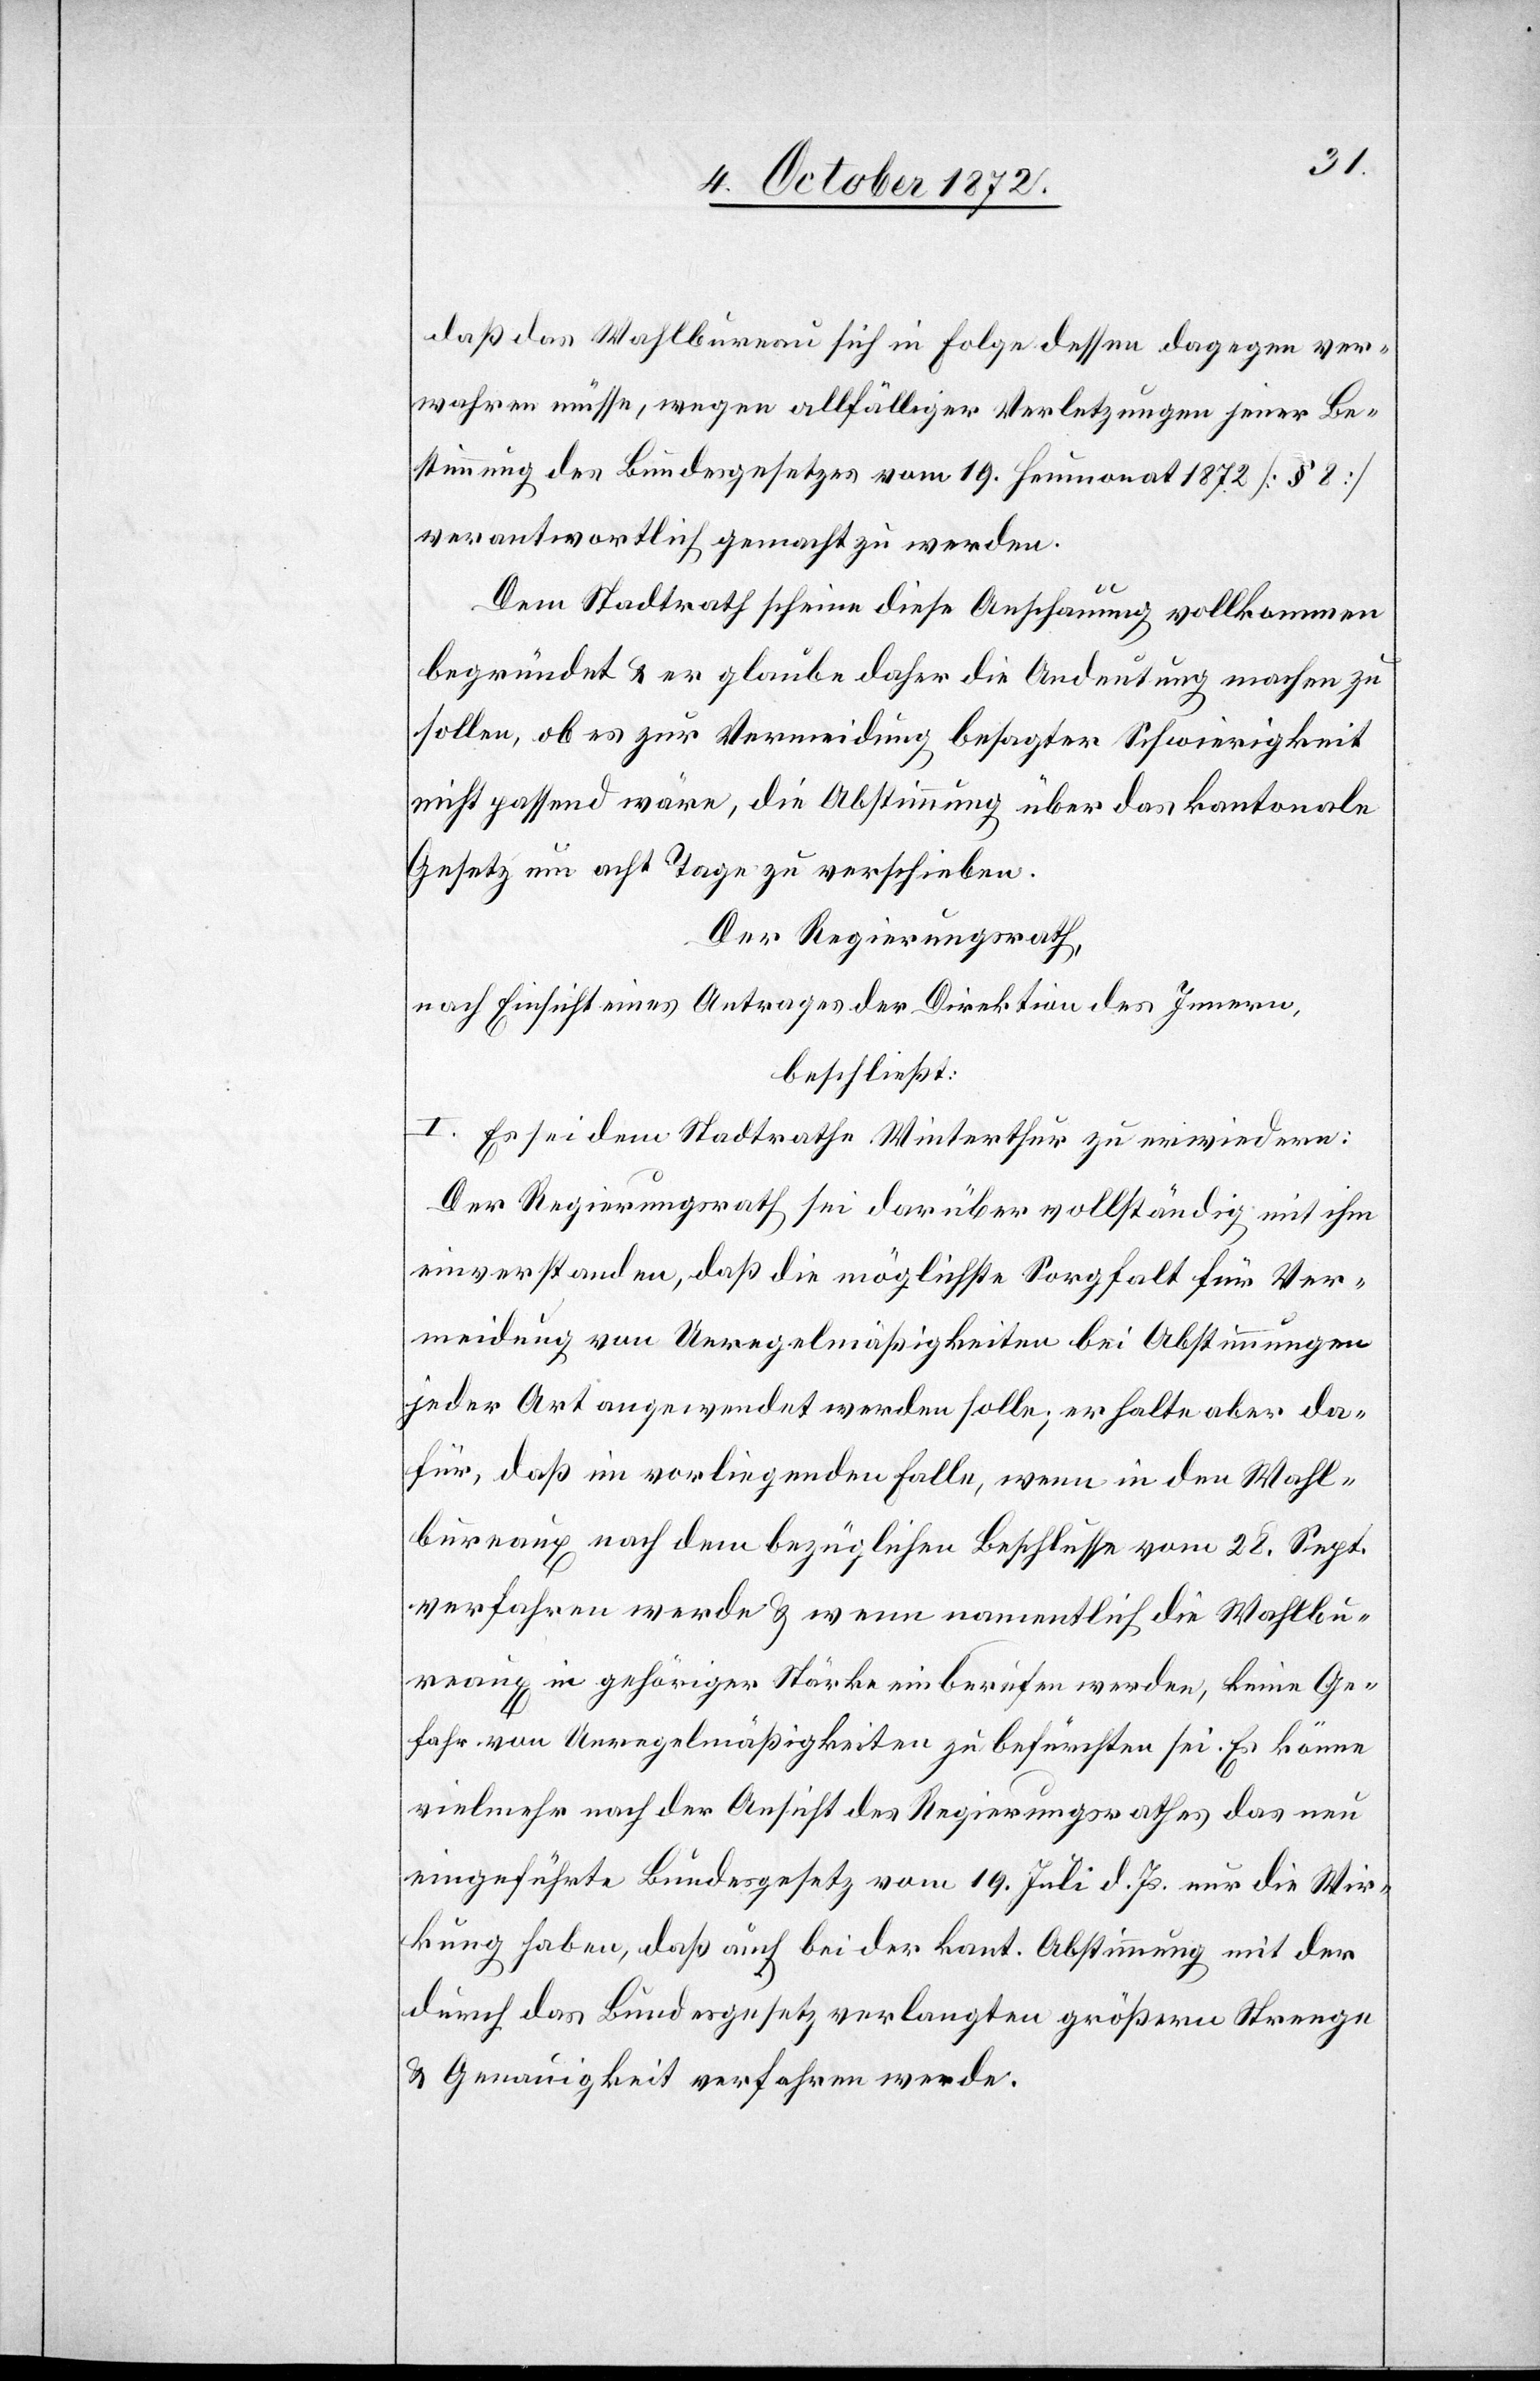
daß das Wahlbureau sich in Folge dessen dagegen ver¬
wahren müsse, wegen allfälliger Verletzungen jener Be¬
stimmung des Bundesgesetzes vom 19. Heumonat 1872 [§ 8]
verantwortlich gemacht zu werden.
Dem Stadtrath scheine diese Anschauung vollkommen
begründet u. er glaube daher die Andeutung machen zu
sollen, ob es zur Vermeidung besagter Schwierigkeit
nicht passend wäre, die Abstimmung über das kantonale
Gesetz um acht Tage zu verschieben.
Der Regierungsrath,
nach Einsicht eines Antrages der Direktion des Innern,
beschließt:
I. Es sei dem Stadtrathe Winterthur zu erwiedern:
Der Regierungsrath sei darüber vollständig mit ihm
einverstanden, daß die möglichste Sorgfalt für Ver¬
meidung von Unregelmäßigkeiten bei Abstimmungen
jeder Art angewendet werden solle; er halte aber da¬
für, daß im vorliegenden Falle, wenn in den Wahl¬
bureaux nach dem bezüglichen Beschlusse vom 28. Sept.
verfahren werde u. wenn namentlich die Wahlbu¬
reaux in gehöriger Stärke einberufen werden, keine Ge¬
fahr von Unregelmäßigkeiten zu befürchten sei. Es könne
vielmehr nach der Ansicht des Regierungsrathes das neu
eingeführte Bundesgesetz vom 19. Juli d. Js. nur die Wir¬
kung haben, daß auch bei der kant. Abstimmung mit der
durch das Bundesgesetz verlangten größern Strenge
u. Genauigkeit verfahren werde.